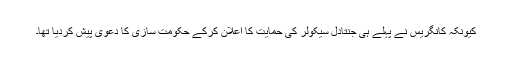
کیونکہ کانگریس نے پہلے ہی جنتادل سیکولر کی حمایت کا اعلان کرکے حکومت سازی کا دعویٰ پیش کردیا تھا۔